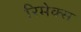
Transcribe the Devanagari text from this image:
रिमेक्स